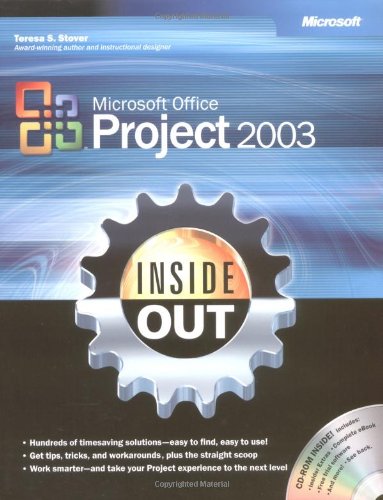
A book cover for MicrosoftÂ® Office Project 2003 Inside Out; Teresa S. Stover; Computers & Technology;